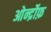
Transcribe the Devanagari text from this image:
ओर्न्द्रोफ़